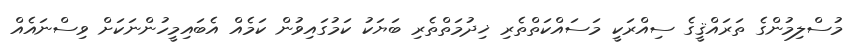
މުސްލިމުންގެ ތަރައްޤީގެ ސިއްރަކީ މަސައްކަތްތެރި ޚިދުމަތްތެރި ބަޔަކު ކަމުގައިވުން ކަމެއް އެބައިމީހުންނަކަށް ވިސްނައެއް